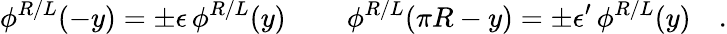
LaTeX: \phi^{R/L}(-y)=\pm\epsilon\, \phi^{R/L}(y)\, \qquad\phi^{R/L}(\pi R-y)=\pm\epsilon^{\prime}\, \phi^{R/L}(y)\quad.